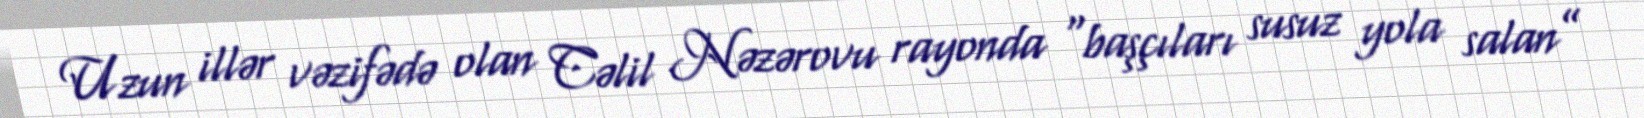
Uzun illər vəzifədə olan Cəlil Nəzərovu rayonda “başçıları susuz yola salan”